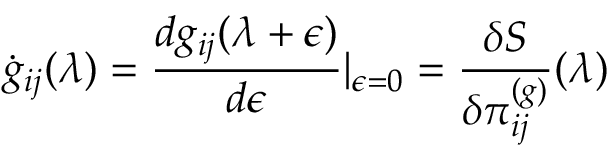
\dot { g } _ { i j } ( \lambda ) = \frac { d g _ { i j } ( \lambda + \epsilon ) } { d \epsilon } \vert _ { \epsilon = 0 } = \frac { \delta S } { \delta \pi _ { i j } ^ { ( g ) } } ( \lambda )